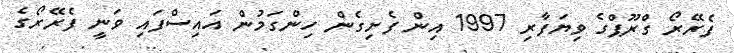
ފެރޭރޯ ގްރޫޕްގެ ވިޔަފާރި 1997 އިން ފެށިގެން ހިންގަމުން އައިސްފައި ވަނީ ފެރޭރޯގެ